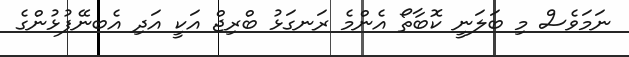
ނަމަވެސް މި ބަލަނީ ކޮބާތޯ އެންމެ ރަނގަޅު ބްރިޖް އަކީ އަދި އެބނޭފުޅުންގެ